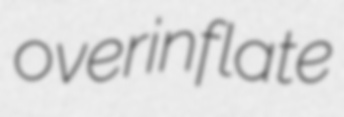
overinflate